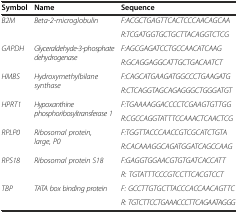
| Symbol | Name | Sequence |
 | --- | --- | --- |
 | <ROWSPAN=2> B2M | <ROWSPAN=2> Beta-2-microglobulin | F:ACGCTGAGTTCACTCCCAACAGCAA |
 | R:TCGATGGTGCTGCTTACAGGTCTCG |
 | <ROWSPAN=2> GAPDH | <ROWSPAN=2> Glyceraldehyde-3-phosphate dehydrogenase | F:AGCGAGATCCTGCCAACATCAAG |
 | R:GCAGGAGGCATTGCTGACAATCT |
 | <ROWSPAN=2> HMBS | <ROWSPAN=2> Hydroxymethylbilane synthase | F:CAGCATGAAGATGGCCCTGAAGATG |
 | R:CTCAGGTAGCAGAGGGCTGGGATGT |
 | <ROWSPAN=2> HPRT1 | <ROWSPAN=2> Hypoxanthine phosphoribosyltransferase 1 | F:TGAAAAGGACCCCTCGAAGTGTTGG |
 | R:CGCCAGGTATTTCCAAACTCAACTCG |
 | <ROWSPAN=2> RPLP0 | <ROWSPAN=2> Ribosomal protein, large, P0 | F:TGGTTACCCAACCGTCGCATCTGTA |
 | R:CACAAAGGCAGATGGATCAGCCAAG |
 | <ROWSPAN=2> RPS18 | <ROWSPAN=2> Ribosomal protein S18 | F:GAGGTGGAACGTGTGATCACCATT |
 | R: TGTATTTCCCGTCCTTCACGTCCT |
 | <ROWSPAN=2> TBP | <ROWSPAN=2> TATA box binding protein | F: GCCTTGTGCTTACCCACCAACAGTTC |
 | R: TGTCTTCCTGAAACCCTTCAGAATAGGG |